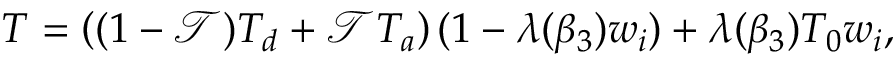
T = \left( ( 1 - \mathcal { T } ) T _ { d } + \mathcal { T } T _ { a } \right) ( 1 - \lambda ( \beta _ { 3 } ) w _ { i } ) + \lambda ( \beta _ { 3 } ) T _ { 0 } w _ { i } ,